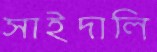
সাইদালি